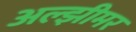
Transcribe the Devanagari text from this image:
अल्झीमर